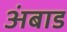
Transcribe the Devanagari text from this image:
अंबाड